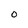
Character: O